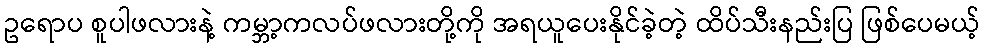
ဥရောပ စူပါဖလားနဲ့ ကမ္ဘာ့ကလပ်ဖလားတို့ကို အရယူပေးနိုင်ခဲ့တဲ့ ထိပ်သီးနည်းပြ ဖြစ်ပေမယ့်